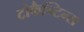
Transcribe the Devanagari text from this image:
टोकैन्टिन्स